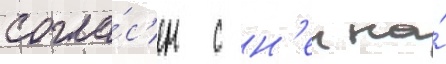
согла́с'ен с н'еи на́